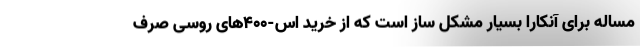
مساله برای آنکارا بسیار مشکل ساز است که از خرید اس-۴۰۰های روسی صرف